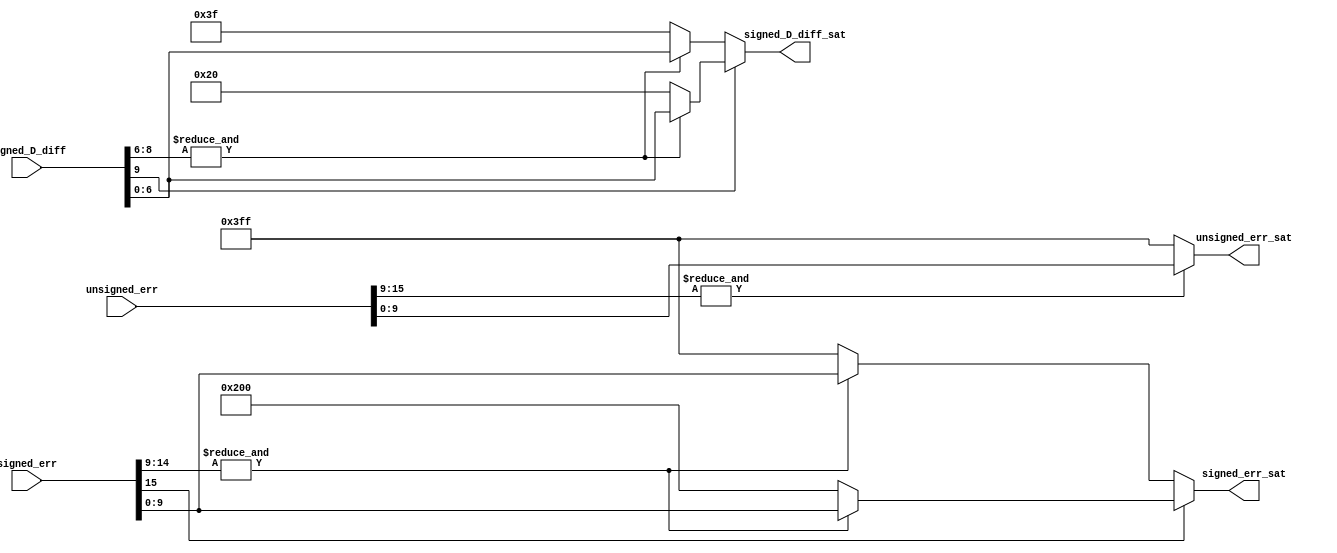
module saturate(unsigned_err, signed_err, signed_D_diff, unsigned_err_sat, signed_err_sat, signed_D_diff_sat);

///////////////////////////////////////////////////////////////////////////////////////////////////////

input [15:0] unsigned_err, signed_err; 
input [9:0] signed_D_diff;

output [9:0] unsigned_err_sat, signed_err_sat;  
output [6:0] signed_D_diff_sat;

///////////////////////////////////////////////////////////////////////////////////////////////////////

assign unsigned_err_sat[9:0] = (~&unsigned_err[15:9] ? 12'h3FF : unsigned_err[9:0]);

///////////////////////////////////////////////////////////////////////////////////////////////////////

// 10 0000 0000 
// 11 1111 1111

assign signed_err_sat[9:0] = signed_err[15] ? 
			     (~&signed_err[14:9] ? 12'h200 : signed_err[9:0]) :   /* if negative */
			     (~&signed_err[14:9] ? 12'h3FF : signed_err[9:0]) ;   /* if positive */

///////////////////////////////////////////////////////////////////////////////////////////////////////

// 10 0000 
// 11 1111 

assign signed_D_diff_sat[6:0] = signed_D_diff[9] ? 
			     (~&signed_D_diff[8:6] ? 12'h20 : signed_D_diff[6:0]) :   /* if negative */
			     (~&signed_D_diff[8:6] ? 12'h3F : signed_D_diff[6:0]) ;   /* if positive */

///////////////////////////////////////////////////////////////////////////////////////////////////////

endmodule